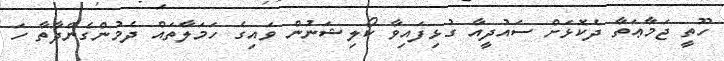
ހޫތީ ޖަމާޢަތާ ދެކޮޅަށް ސައުދީއާ ގުޅިފައިވާ ކޯލިޝަނުން ވައިގެ ހަމަލާތައް ދެމުންގެންދާތާ ހަ